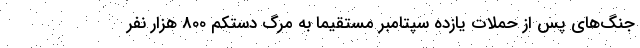
جنگ‌های پس از حملات یازده سپتامبر مستقیما به مرگ دستکم 800 هزار نفر